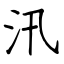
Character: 汛